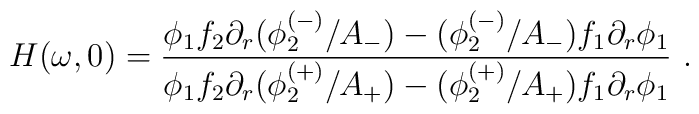
H(\omega ,0)=\frac{\phi _{1}f_{2}\partial _{r}(\phi _{2}^{(-)}/A_{-})-(\phi_{2}^{(-)}/A_{-})f_{1}\partial _{r}\phi _{1}}{\phi _{1}f_{2}\partial_{r}(\phi _{2}^{(+)}/A_{+})-(\phi _{2}^{(+)}/A_{+})f_{1}\partial _{r}\phi_{1}}\ .